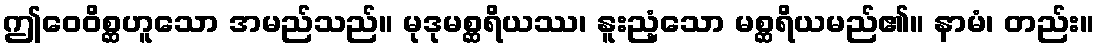
ဤဝေဝိစ္ဆဟူသော အမည်သည်။ မုဒုမစ္ဆရိယဿ၊ နူးညံ့သော မစ္ဆရိယမည်၏။ နာမံ၊ တည်း။